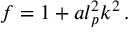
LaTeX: f = 1 + a l _ { p } ^ { 2 } k ^ { 2 } \, .